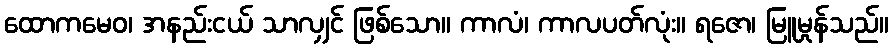
ထောကမေဝ၊ အနည်းငယ် သာလျှင် ဖြစ်သော။ ကာလံ၊ ကာလပတ်လုံး။ ရဇော၊ မြူမှုန်သည်။